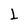
Character: L